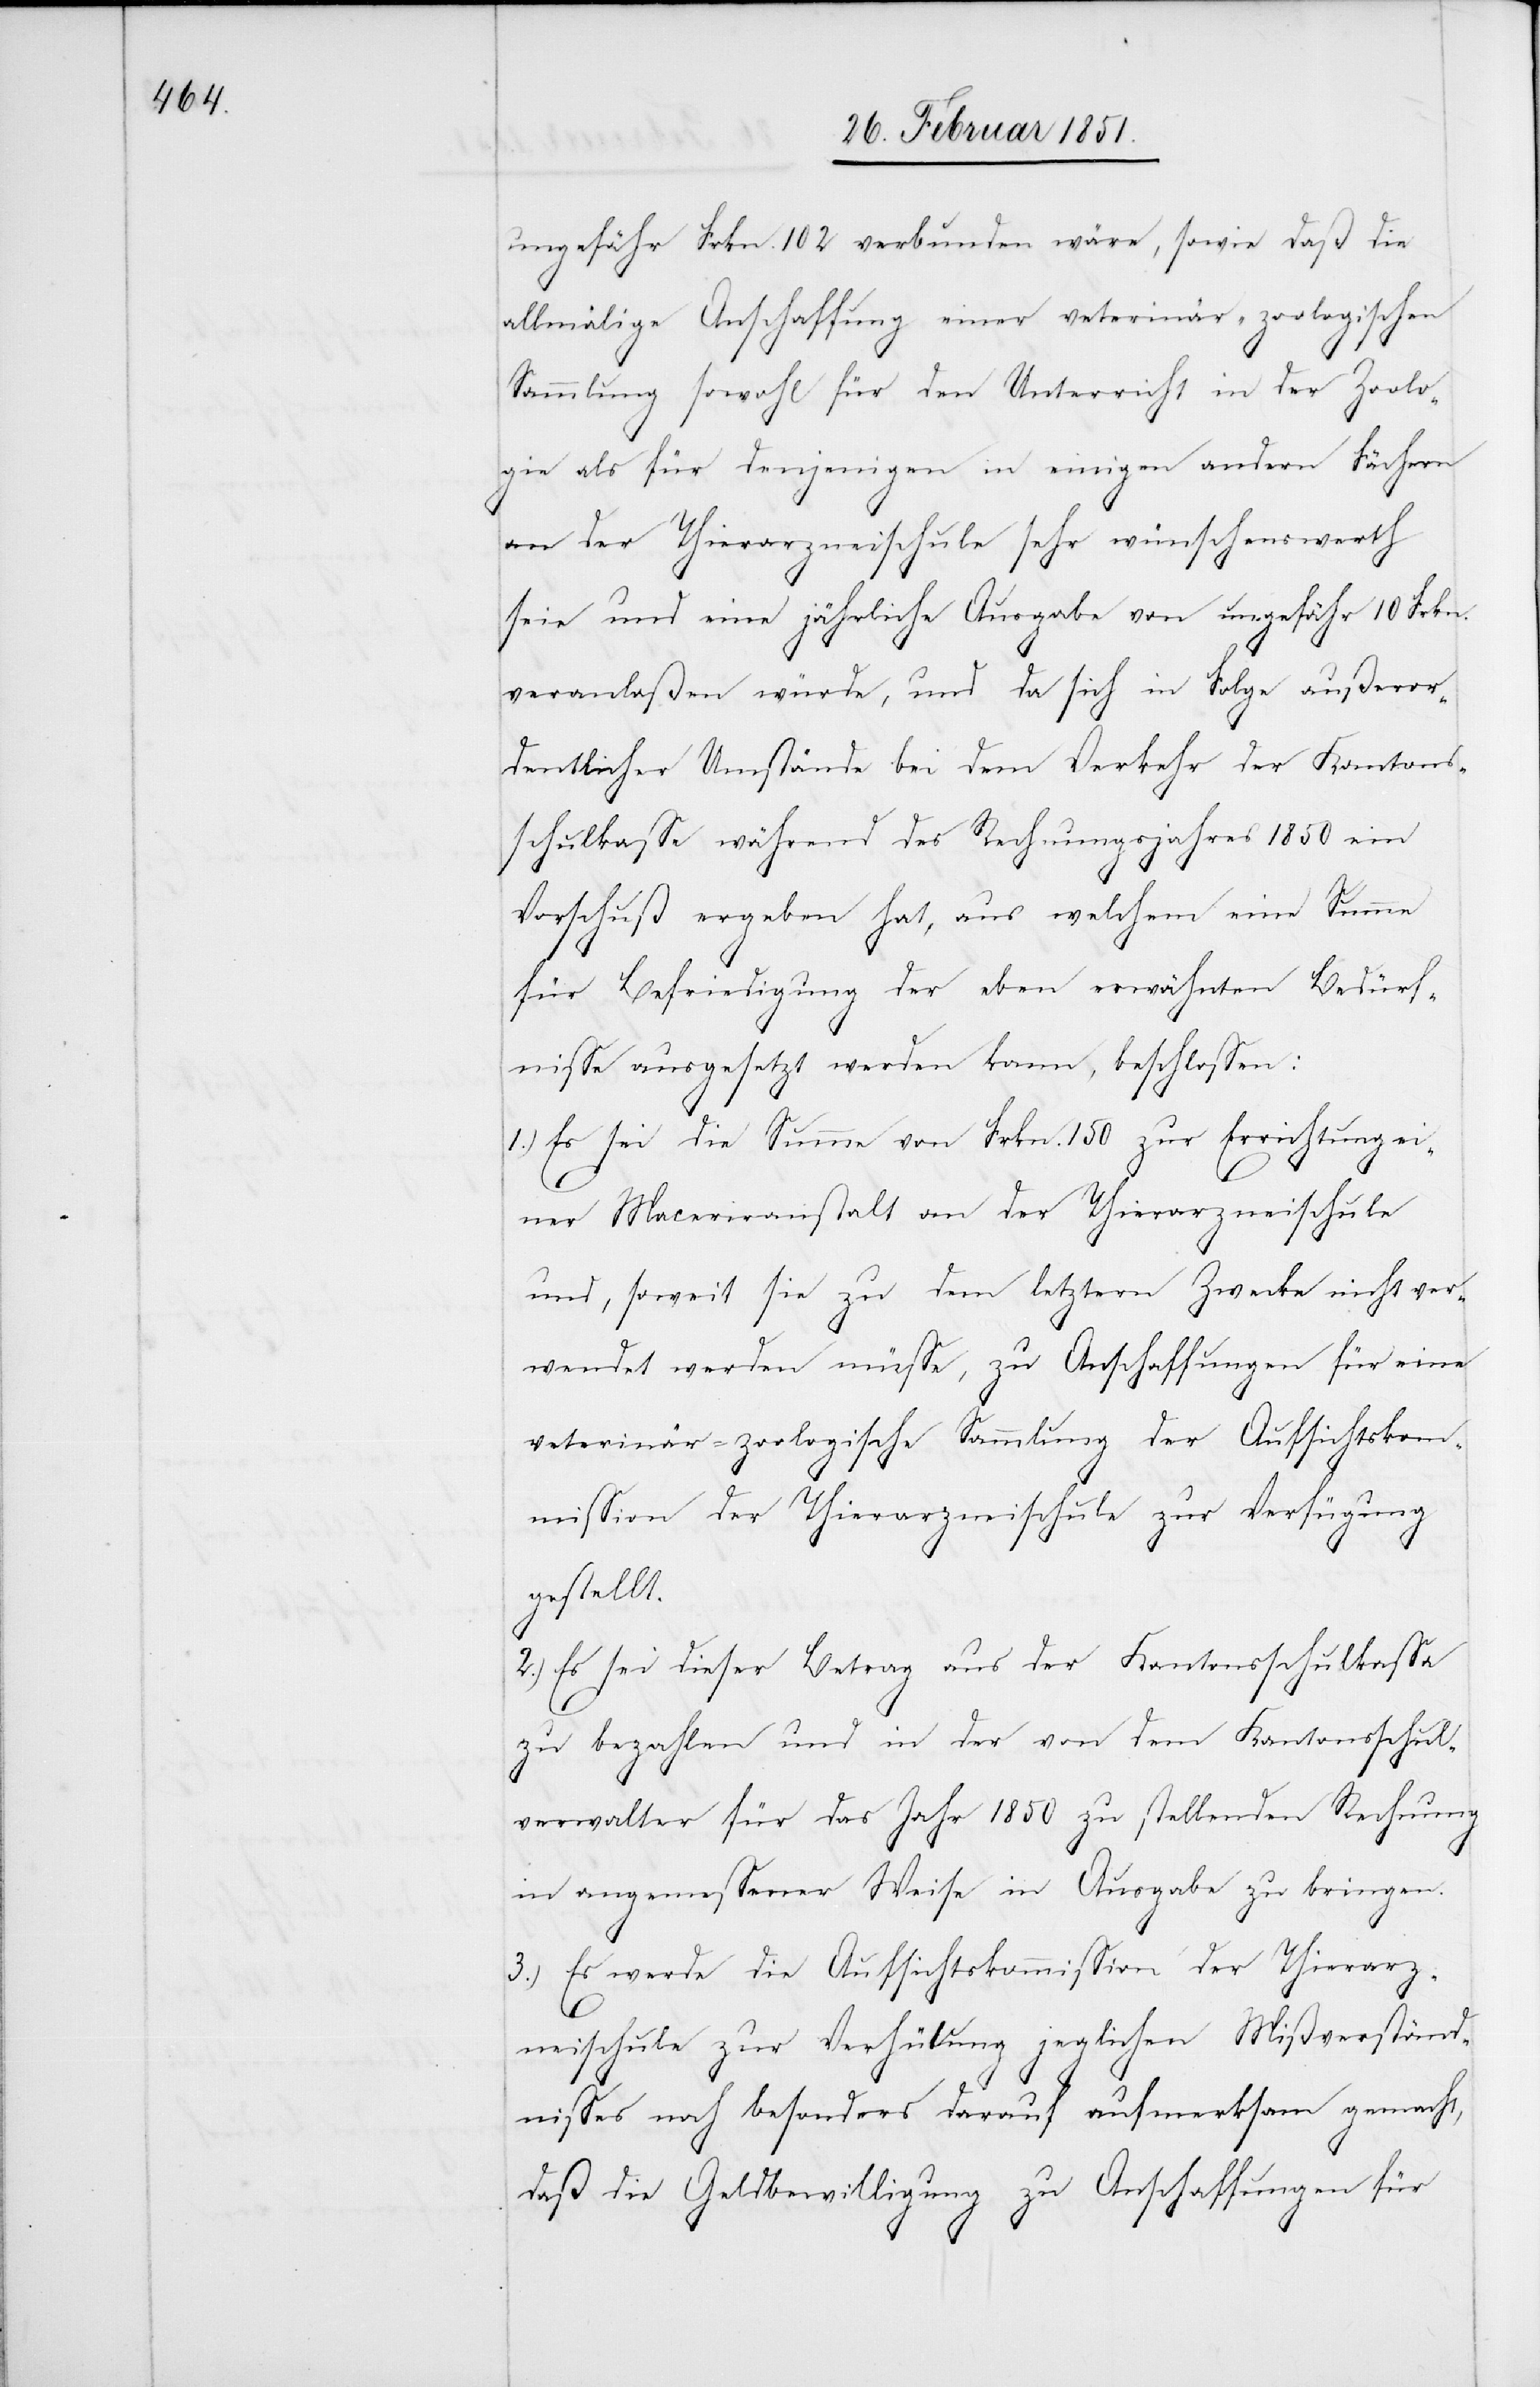
ungefähr Frkn. 102 verbunden wäre, sowie daß die
allmälige Anschaffung einer veterinär-zoologischen
Sammlung sowohl für den Unterricht in der Zoolo¬
gie als für denjenigen in einigen andern Fächern
an der Thierarzneischule sehr wünschenswerth
seie und eine jährliche Ausgabe von ungefähr 10 Frkn.
veranlaßen würde, und da sich in Folge außeror¬
dentlicher Umstände bei dem Verkehr der Kantons¬
schulkasse während des Rechnungsjahres 1850 ein
Vorschuß ergeben hat, aus welchem eine Summe
für Befriedigung der eben erwähnten Bedürf¬
nisse ausgesetzt werden kann, beschlossen:
1.) Es sei die Summe von Frkn. 150 zur Errichtung ei¬
ner Maceriranstalt an der Thierarzneischule
und, soweit sie zu dem letztern Zwecke nicht ver¬
wendet werden müsse, zu Anschaffungen für eine
veterinär-zoologische Sammlung der Aufsichtskom¬
mission der Thierarzneischule zur Verfügung
gestellt.
2.) Es sei dieser Betrag aus der Kantonsschulkassa
zu bezahlen und in der von dem Kantonsschul¬
verwalter für das Jahr 1850 zu stellenden Rechnung
in angemessener Weise in Ausgabe zu bringen.
3.) Es werde die Aufsichtskommission der Thierarz¬
neischule zur Verhütung jeglichen Mißverständ¬
nisses noch besonders darauf aufmerksam gemacht,
daß die Geldbewilligung zu Anschaffungen für